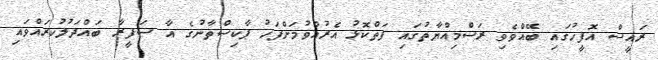
ރައީސް އޮފީހުގައި ބޭއްވެވި ރަސްމިއްޔާތުގައި ފަތްކޮޅު އެރުއްވުމަށްފަހު ޕާކިސްތާނުގެ އާ ސަފީރާ ބައްދަލުކުރައްވައި